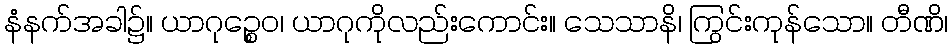
နံနက်အခါ၌။ ယာဂုဉ္စေဝ၊ ယာဂုကိုလည်းကောင်း။ သေသာနိ၊ ကြွင်းကုန်သော။ တီဏိ၊